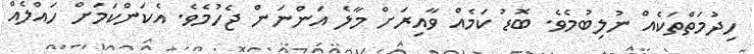
ހިދުމަތްތަކެއް ނުލިބުމެވެ. ބޮޑު ކަމެއް ވާއިރަށް މާލެ އަންނަން ޖެހުމެވެ. އެކަންކަމަށް ހައްލެއް